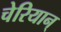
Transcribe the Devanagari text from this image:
चेरियान्